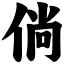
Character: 倘